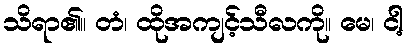
သိရာ၏။ တံ၊ ထိုအကျင့်သီလကို။ မေ၊ ငါ့